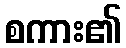
စကား၏